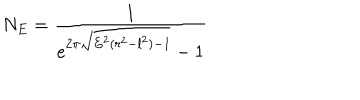
LaTeX: N _ { E } = \frac { 1 } { e ^ { 2 \pi \sqrt { E ^ { 2 } ( r ^ { 2 } - l ^ { 2 } ) - 1 } } - 1 }